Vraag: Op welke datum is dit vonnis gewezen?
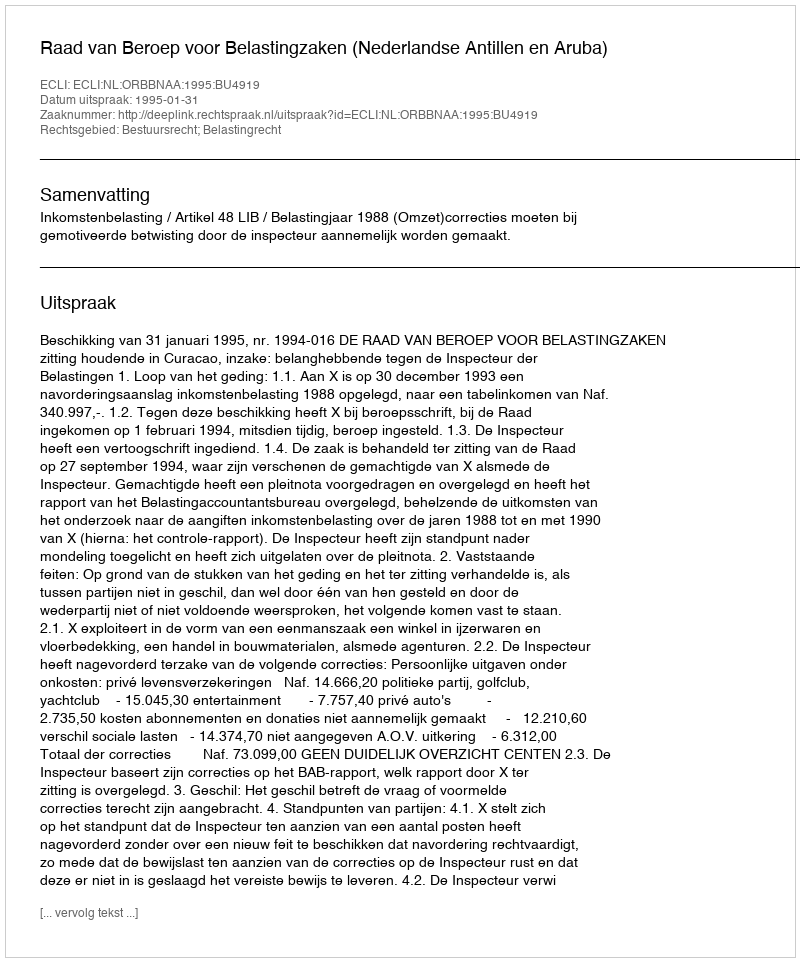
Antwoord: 1995-01-31